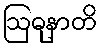
ဩဓုနာတိ